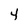
Character: 4